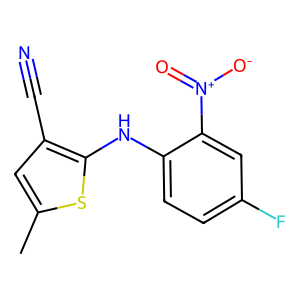
SMILES: Cc1cc(C#N)c(Nc2ccc(F)cc2[N+](=O)[O-])s1
Inhibits HIV replication: No